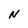
Character: N